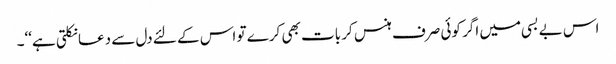
اس بے بسی میں اگر کوئی صرف ہنس کر بات بھی کرے تو اس کے لئے دل سے دعا نکلتی ہے‘‘۔